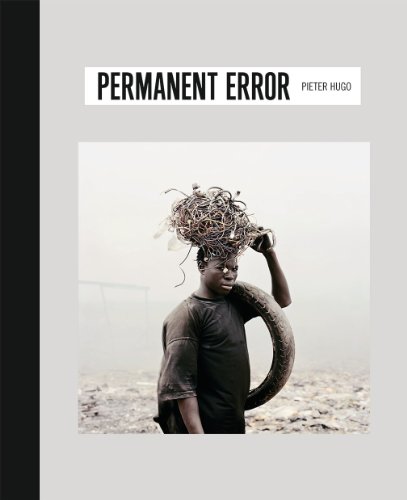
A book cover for Permanent Error; Travel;